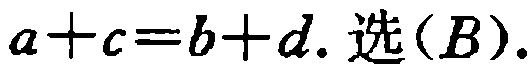
\(a + c = b + d.\ 选(B).\)